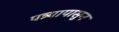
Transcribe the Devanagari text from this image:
पत्र्यापासुन